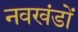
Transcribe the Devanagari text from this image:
नवखंडों